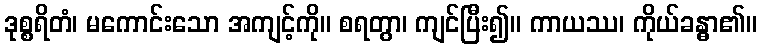
ဒုစ္စရိတံ၊ မကောင်းသော အကျင့်ကို။ စရတွာ၊ ကျင်ပြီး၍။ ကာယဿ၊ ကိုယ်ခန္ဓာ၏။